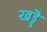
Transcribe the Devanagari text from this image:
खड्डॆ